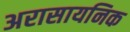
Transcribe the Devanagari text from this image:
अरासायनिक